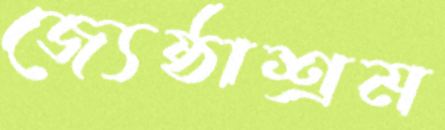
জ্যেষ্ঠাশ্রম